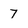
Character: 7